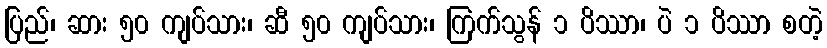
ပြည်၊ ဆား ၅၀ ကျပ်သား၊ ဆီ ၅၀ ကျပ်သား၊ ကြက်သွန် ၁ ပိဿာ၊ ပဲ ၁ ပိဿာ စတဲ့